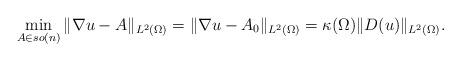
LaTeX: \begin{align*}\min_{A\in so(n)}\|\nabla u - A\|_{L^2(\Omega)} = \|\nabla u - A_0\|_{L^2(\Omega)}= \kappa(\Omega) \|D(u)\|_{L^2(\Omega)}.\end{align*}